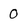
Character: O